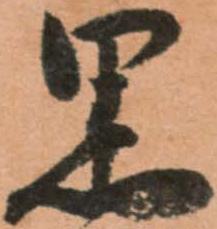
黒